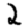
Digit: 2